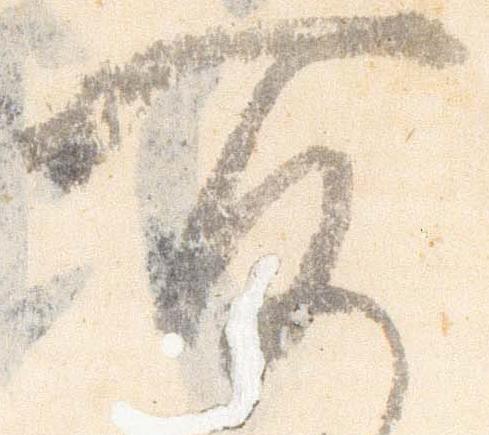
所